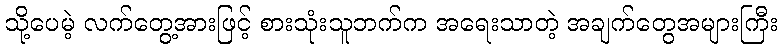
သို့ပေမဲ့ လက်တွေ့အားဖြင့် စားသုံးသူဘက်က အရေးသာတဲ့ အချက်တွေအများကြီး